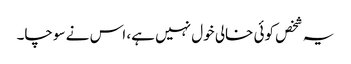
یہ شخص کوئی خالی خول نہیں ہے، اس نے سوچا۔